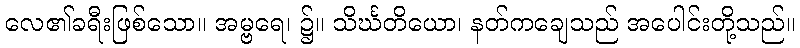
လေ၏ခရီးဖြစ်သော။ အမ္ဗရေ၊ ၌။ သိင်္ဃတိယော၊ နတ်ကချေသည် အပေါင်းတို့သည်။